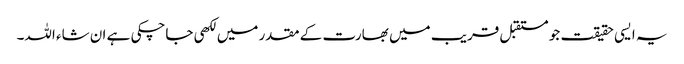
یہ ایسی حقیقت جو مستقبل قریب میں بھارت کے مقدر میں لکھی جاچکی ہے ان شاء اللہ۔